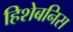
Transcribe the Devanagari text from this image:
हिशेबनिस